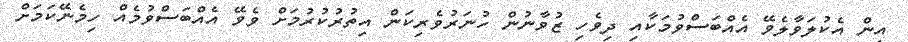
އިން އެކުލަވާލެވޭ އެއްބަސްވުމަކާއި ދިވެހި ޒުވާނުން ހުނަރުވެރިކަން އިތުރުކުރުމަށް ވެވޭ އެއްބަސްވުމެއް ހިމެނޭކަމަށް